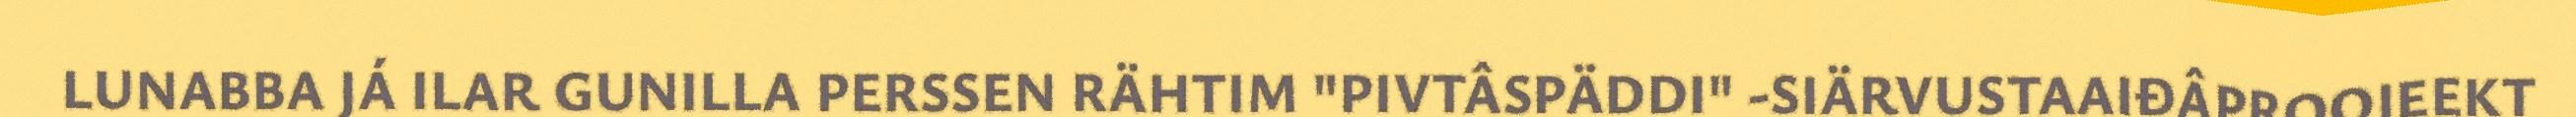
LUNABBA JÁ ILAR GUNILLA PERSSEN RÄHTIM "PIVTÂSPÄDDI" -SIÄRVUSTAAIĐÂPROOJEEKT